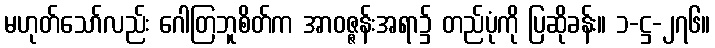
မဟုတ်သော်လည်း ဂေါတြဘူစိတ်က အာဝဇ္ဇန်းအရာ၌ တည်ပုံကို ပြဆိုခန်း။ ၁-ဋ္ဌ-၂၇၆။